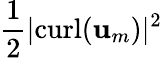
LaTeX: \frac{1}{2}|\mathrm{curl}(\mathbf{u}_{m})|^{2}